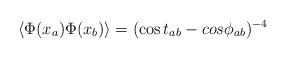
\begin{align*}\langle \Phi(x_a) \Phi(x_b) \rangle = (\cos t_{ab} -cos\phi_{ab})^{-4}\end{align*}